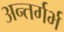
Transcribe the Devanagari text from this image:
अन्तर्गर्भ